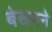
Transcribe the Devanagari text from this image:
बेखमने